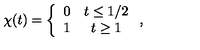
\chi ( t ) = \left\{ \begin{array} { c c } { 0 } & { t \leq 1 / 2 } \\ { 1 } & { t \geq 1 } \\ \end{array} \right. ,